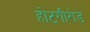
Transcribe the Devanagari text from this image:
होटगीरोड